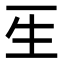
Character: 𤯔